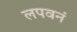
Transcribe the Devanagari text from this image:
लपवनं